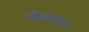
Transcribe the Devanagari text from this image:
मोजतांना